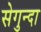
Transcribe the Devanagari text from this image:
सेगुन्दा